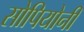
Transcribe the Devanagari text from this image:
सोपियोनी